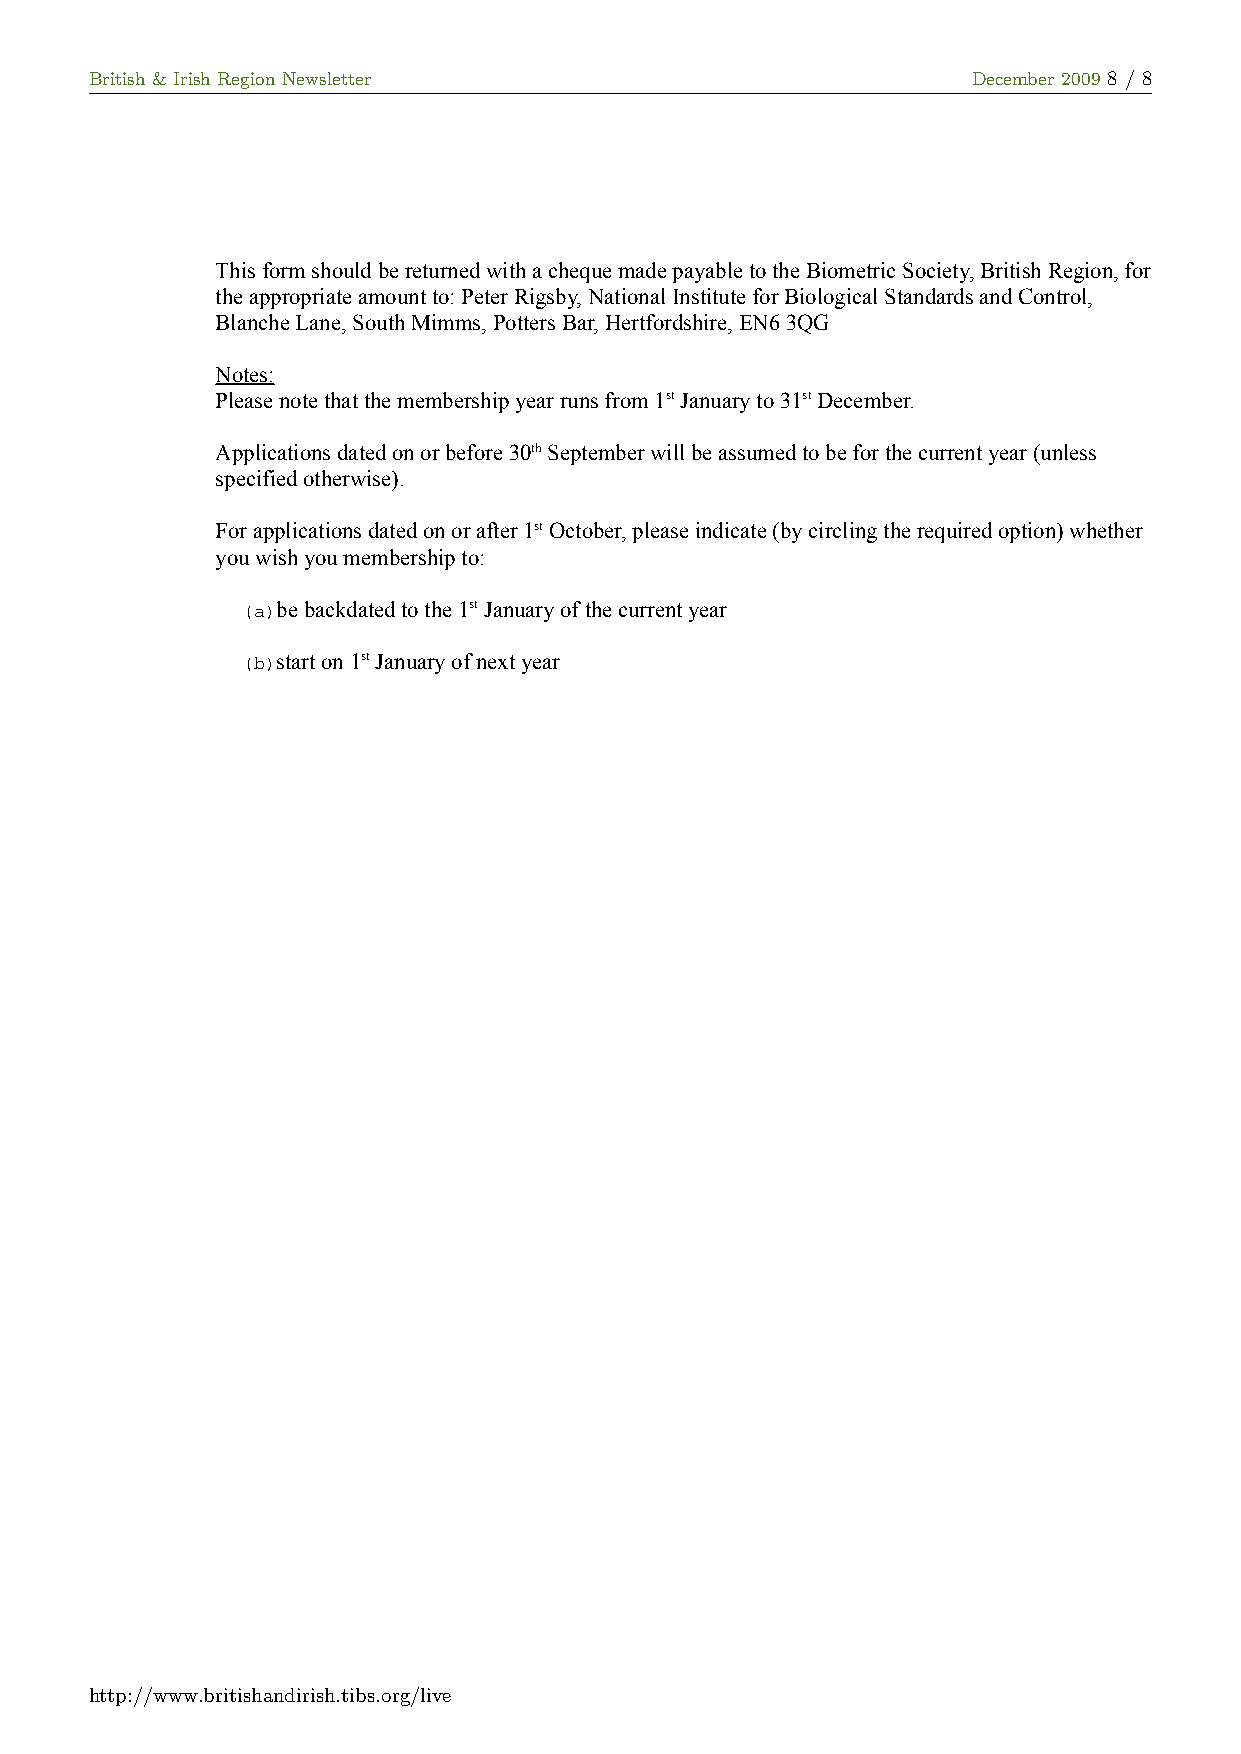
British & Irish Region Newsletter                         December 2009 8 / 8
 This form should be returned with a cheque made payable to the Biometric Society, British Region, for
 the appropriate amount to: Peter Rigsby, National Institute for Biological Standards and Control,
 Blanche Lane, South Mimms, Potters Bar, Hertfordshire, EN6 3QG
 Notes:
 Please note that the membership year runs from 1st January to 31st December.
 Applications dated on or before 30th September will be assumed to be for the current year (unless
 specified otherwise).
 For applications dated on or after 1st October, please indicate (by circling the required option) whether
 you wish you membership to:
 (a)be backdated to the 1st January of the current year
 (b)start on 1st January of next year
 http://www.britishandirish.tibs.org/live